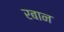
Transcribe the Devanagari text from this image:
रबान